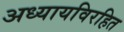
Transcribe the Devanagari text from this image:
अध्यायविरहित